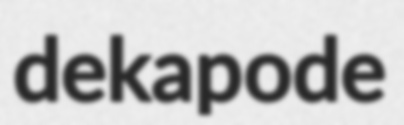
dekapode